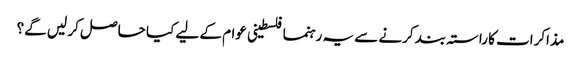
مذاکرات کا راستہ بند کرنے سے یہ رہنما فلسطینی عوام کے لیے کیا حاصل کر لیں گے؟